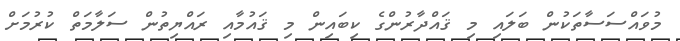
މުވައްސަސާތަކުން ބަލައި މި ޤައްދާރުންގެ ކިބައިން މި ޤައުމާއި ރައްޔިތުން ސަލާމަތް ކުރުމަށް